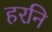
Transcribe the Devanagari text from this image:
हरनि